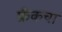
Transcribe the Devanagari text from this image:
फ्रँकचा